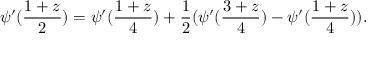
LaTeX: \psi ^ { \prime } ( \frac { 1 + z } { 2 } ) = \psi ^ { \prime } ( \frac { 1 + z } { 4 } ) + \frac { 1 } { 2 } ( \psi ^ { \prime } ( \frac { 3 + z } { 4 } ) - \psi ^ { \prime } ( \frac { 1 + z } { 4 } ) ) .